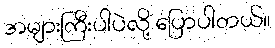
အများကြီးပါပဲလို့ ပြောပါတယ်။